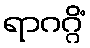
ရာဂဂ္ဂိံ